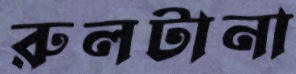
রুলটানা